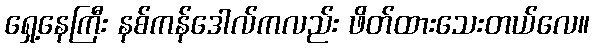
ရှေ့နေကြီး နစ်ကန်ဒေါလ်ကလည်း ဖိတ်ထားသေးတယ်လေ။